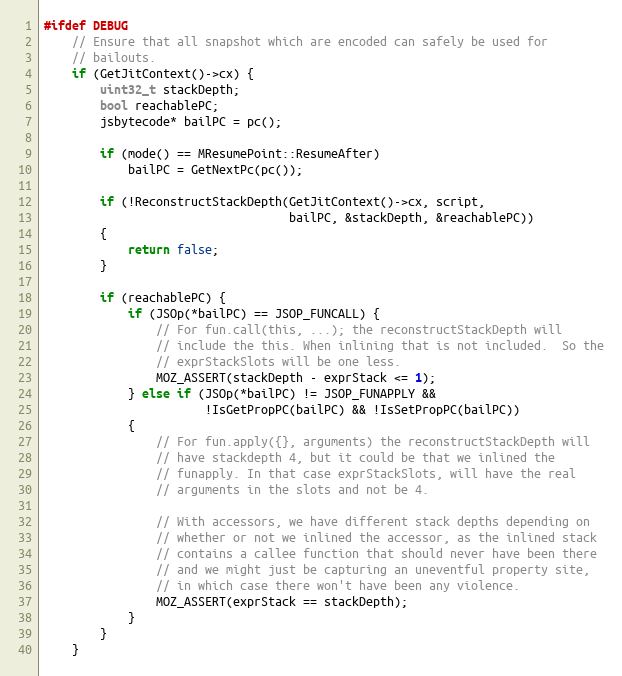
Language: C++
#ifdef DEBUG
    // Ensure that all snapshot which are encoded can safely be used for
    // bailouts.
    if (GetJitContext()->cx) {
        uint32_t stackDepth;
        bool reachablePC;
        jsbytecode* bailPC = pc();

        if (mode() == MResumePoint::ResumeAfter)
            bailPC = GetNextPc(pc());

        if (!ReconstructStackDepth(GetJitContext()->cx, script,
                                   bailPC, &stackDepth, &reachablePC))
        {
            return false;
        }

        if (reachablePC) {
            if (JSOp(*bailPC) == JSOP_FUNCALL) {
                // For fun.call(this, ...); the reconstructStackDepth will
                // include the this. When inlining that is not included.  So the
                // exprStackSlots will be one less.
                MOZ_ASSERT(stackDepth - exprStack <= 1);
            } else if (JSOp(*bailPC) != JSOP_FUNAPPLY &&
                       !IsGetPropPC(bailPC) && !IsSetPropPC(bailPC))
            {
                // For fun.apply({}, arguments) the reconstructStackDepth will
                // have stackdepth 4, but it could be that we inlined the
                // funapply. In that case exprStackSlots, will have the real
                // arguments in the slots and not be 4.

                // With accessors, we have different stack depths depending on
                // whether or not we inlined the accessor, as the inlined stack
                // contains a callee function that should never have been there
                // and we might just be capturing an uneventful property site,
                // in which case there won't have been any violence.
                MOZ_ASSERT(exprStack == stackDepth);
            }
        }
    }